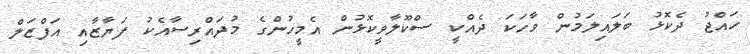
ހައްޖު ދެކޮޅު ބަލައިލަމުން ވާހަކަ ދެއްކީ ސްކޫލާވީކޮޅުން އެމީހުންގެ މުދައްރިސާއެކު ފަޔާޒާއި އަފްޒަލް